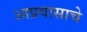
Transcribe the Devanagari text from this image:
आप्रवासाचे